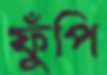
ফুঁপি